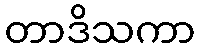
တာဒိသကာ